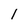
Character: 1